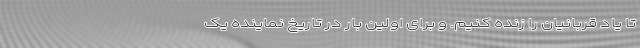
تا یاد قربانیان را زنده کنیم. و برای اولین بار در تاریخ نماینده یک